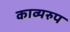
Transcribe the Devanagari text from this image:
काव्यरुप